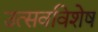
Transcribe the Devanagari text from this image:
उत्सवविशेष